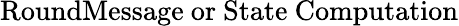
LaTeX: \mathrm{RoundMessage~or~State~Computation}